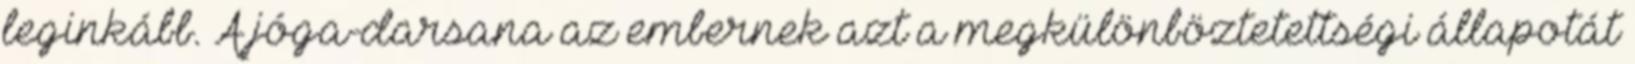
leginkább. A jóga-darsana az embernek azt a megkülönböztetettségi állapotát